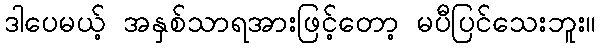
ဒါပေမယ့် အနှစ်သာရအားဖြင့်တော့ မပီပြင်သေးဘူး။